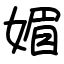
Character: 媚